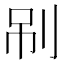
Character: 𠜏